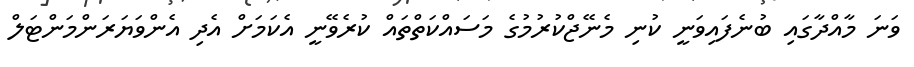
ވަނަ މާއްދާގައި ބުނެފައިވަނީ ކުނި މެނޭޖްކުރުމުގެ މަސައްކަތްތައް ކުރެވޭނީ އެކަމަށް އެދި އެންވަޔަރަންމަންޓަލް